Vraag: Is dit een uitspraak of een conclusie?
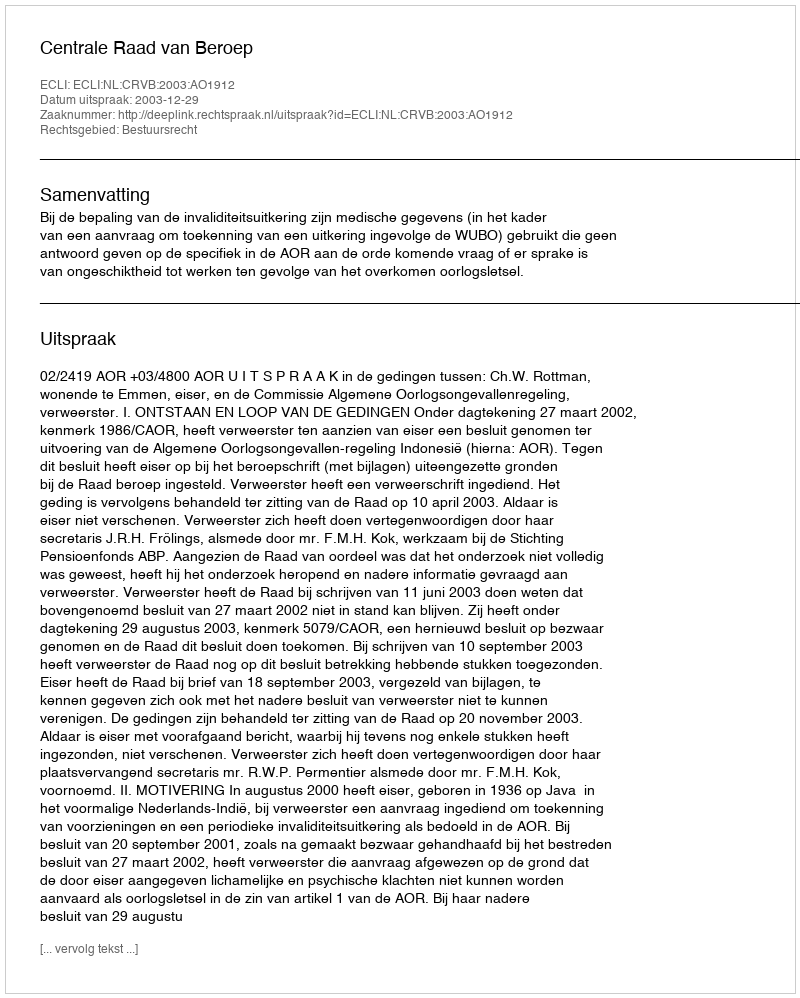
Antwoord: Uitspraak